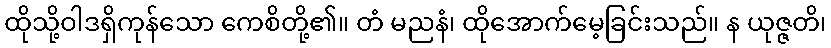
ထိုသို့ဝါဒရှိကုန်သော ကေစိတို့၏။ တံ မညနံ၊ ထိုအောက်မေ့ခြင်းသည်။ န ယုဇ္ဇတိ၊